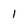
Character: 1